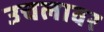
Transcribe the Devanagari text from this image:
उचलावर